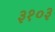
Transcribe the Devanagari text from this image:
३१०३